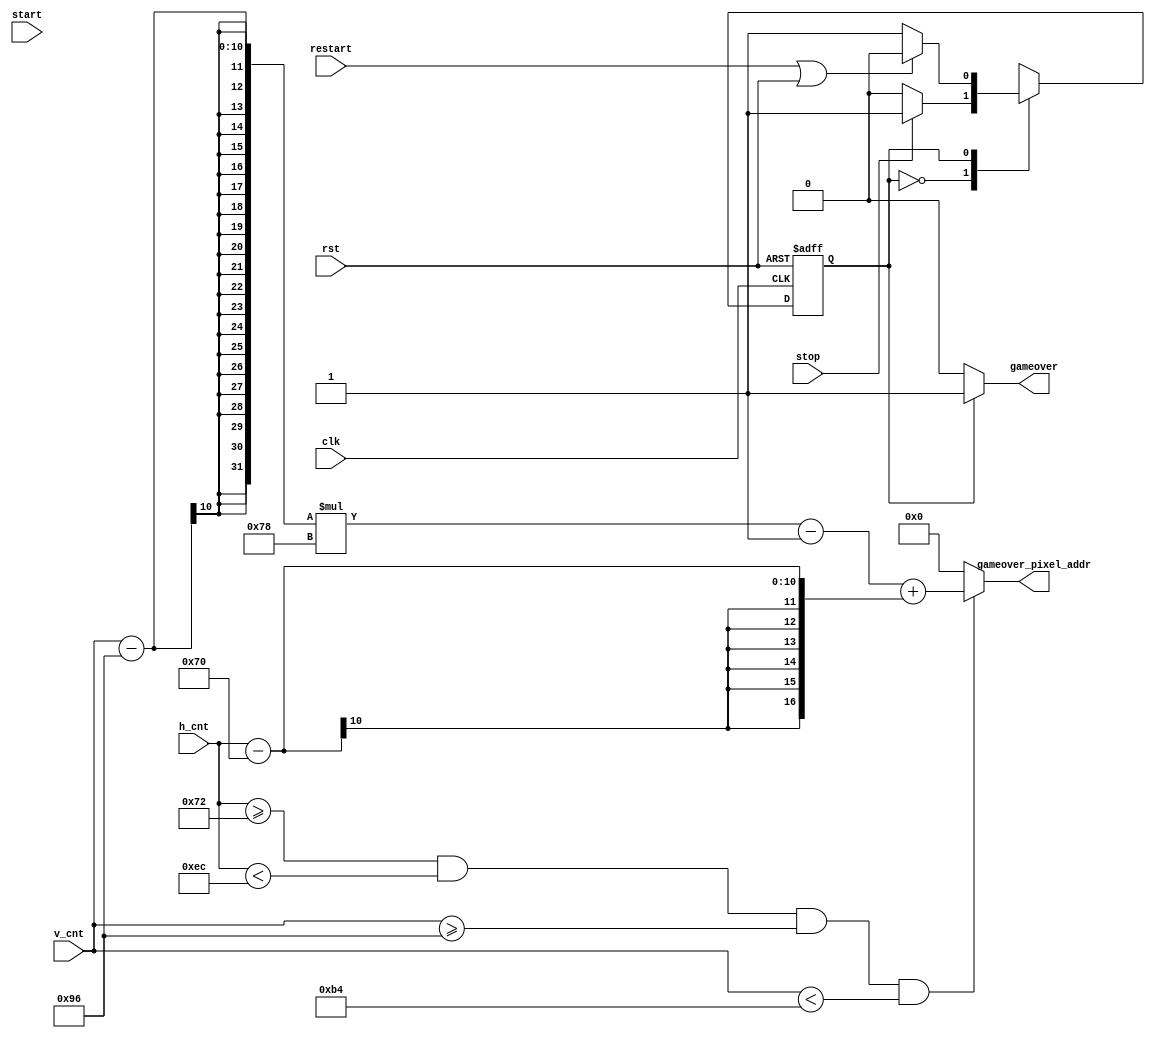
module mem_addr_gen_gameover(
        input clk,
        input rst,
        input [9:0] h_cnt,
        input [9:0] v_cnt,
        input start,
        input restart,
        input stop,
        output reg [16:0] gameover_pixel_addr,
        output gameover
    );   
    parameter  WAIT = 1'b0,
               STOP = 1'b1;
                    
    reg state, next_state;
    
    assign gameover = (state == WAIT) ? 1'b0 : 1'b1;
    
    always @ (posedge clk or posedge rst) begin
        if(rst)
            state <= WAIT;
        else 
            state <= next_state;
    end
    
    always @ (*) begin
        case(state)
        WAIT:
            if(stop)
                next_state = STOP;
            else
                next_state = WAIT;
        STOP:
            if(restart || rst)
                next_state = WAIT;
            else
                next_state = STOP;
        endcase
    end
    
    always @ (*) begin
        if(h_cnt >= 114 && h_cnt < 236 && v_cnt >= 150 && v_cnt < 180)
            gameover_pixel_addr = (v_cnt - 150) * 120 - 1 + (h_cnt - 112);
        else
            gameover_pixel_addr = 0;
    end

    
endmodule